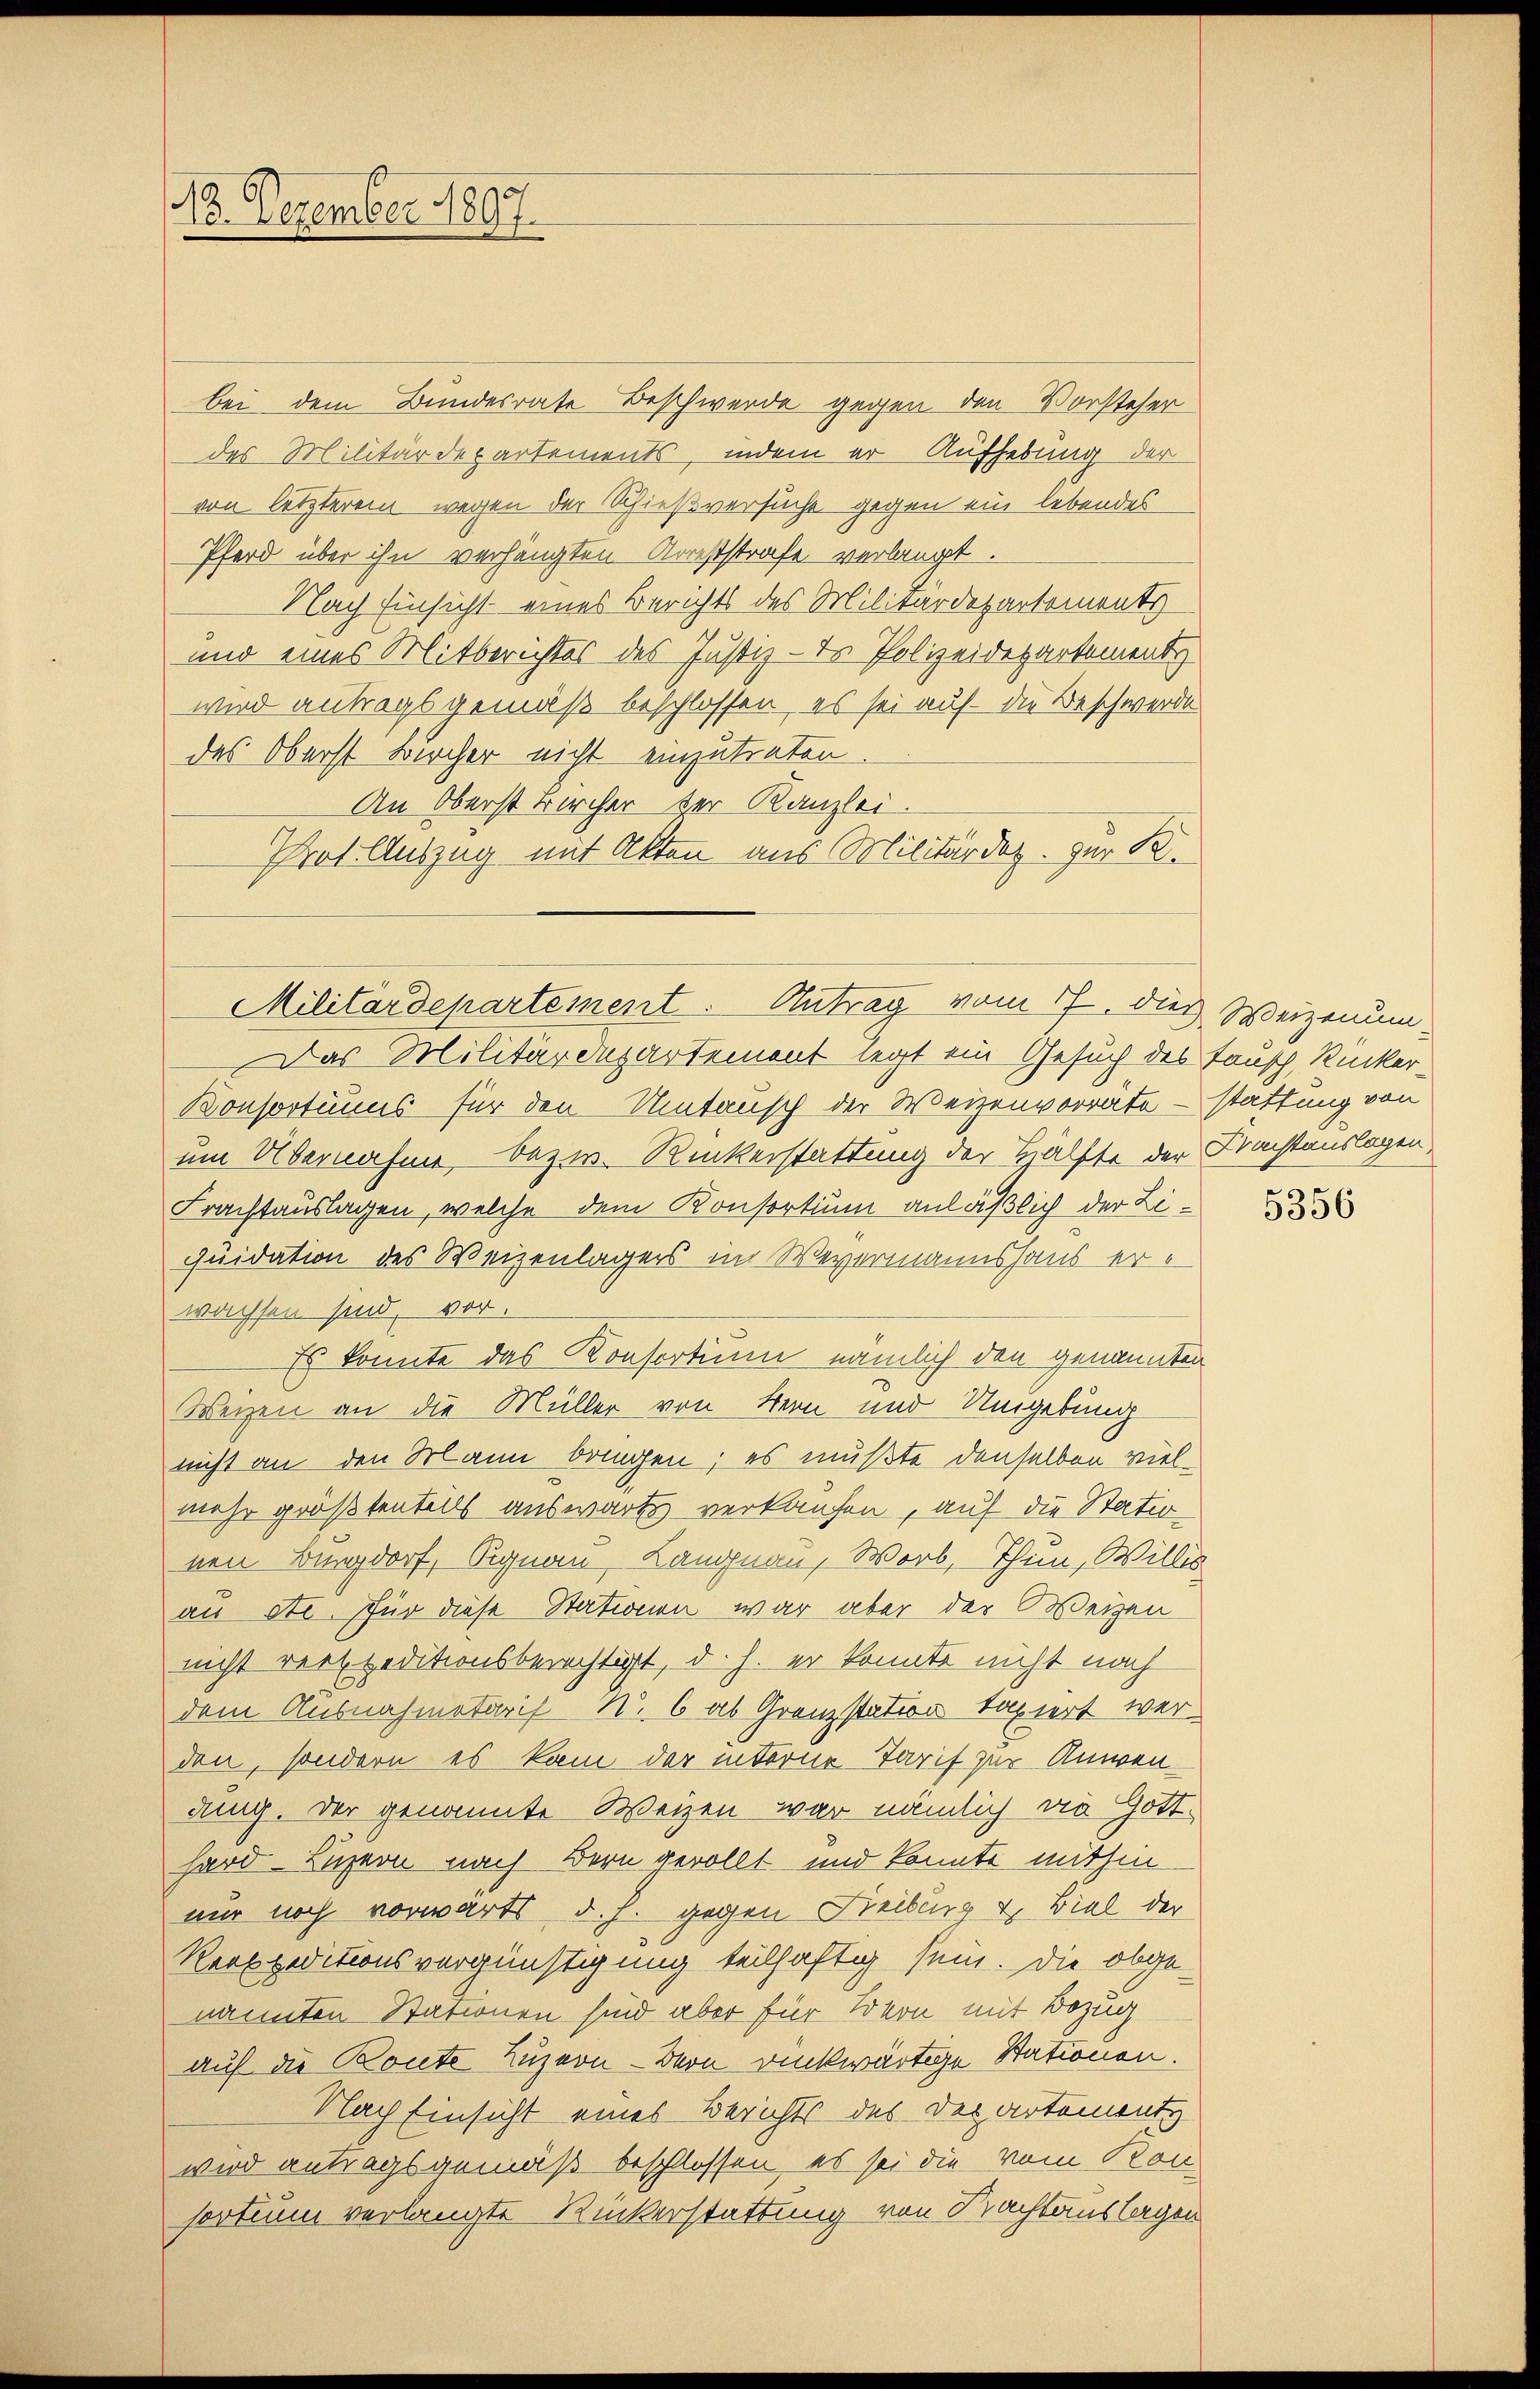
8
10. Dezember 1897.

bei dem Bundesrate Beschwerde gegen den Vorsteher
des Militärdepartements, indem er Aufhebung der
von letzterem wegen der Schießversucht gegen ein lebendes
Pferd über ihn verhängten Arreststrafe verlangt.
Nach Einsicht eines Berichts des Militärdepartements
und eines Mitberichtes des Justiz - Dr. Polizeidepartement
wird antrags gemäß beschlossen, es sei auf die Beschwerde
des Oberst Bircher nicht einzutreten.
An Oberst Kircher der Kanzlei.
Prot. Auszug mit Akten aus Militärdez. zur K.
Das Militärdepartement legt ein Gesuch des Tausch, Rucker-
Konsortiums für den Umtausch der Weizenvorräte - stattung von
um Übernahme, bezw. Ruckerstattung der Hälfte der Frachtauslagen,
Frachtauslagen, welche dem Konsortium anläßlich der Liquidation des Weizenlagers im Wegermannshaus er
wachsen sind, vor.
Es konnte das Konsortium nämlich den genannten
Weizen an die Müller von Hern und Umgebung
nicht an den Mann bringen; es mußte denselben vielmehr größtenteils auswärts verkaufen, auf die Statio
nen Burgdorf, Signau, Langnau, Worb, Thun, Willis
an ste. Für diese Stationen war aber der Weizen
nicht rexpeditionsberechtigt, d. h. er konnte nicht noch
dem Ausnahmetaris N. 6 ab Grenzstation taxiert werden, sondern es kam der interne Tarif zur Anwendung. Der genannte Weizen war nämlich die Gott-
hard Luzern nach Bern gerollt und konnte mithin
nur noch vorwärts d. h. gegen Freiburg u. Biel der
Reexpeditionsvergünstigung teilhaftig sein. Die obge-
nannten Stationen sind aber für Bern mit Bezug
auf die Boute Luzern - Bern rückwärtige Stationen.
Nach Einsicht eines Berichts des Departemente
wird antragsgemäß beschlossen, es sei die vom Kon
sortium verlangte Rückerstattung von Nachtauslagen

Militärdepartement. Antrag vom 17. dies Weizenum

5356